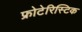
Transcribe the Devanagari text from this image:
फ्रोटेरिस्टिक